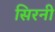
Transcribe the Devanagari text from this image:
सिरनी